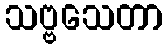
သဗ္ဗသေတာ